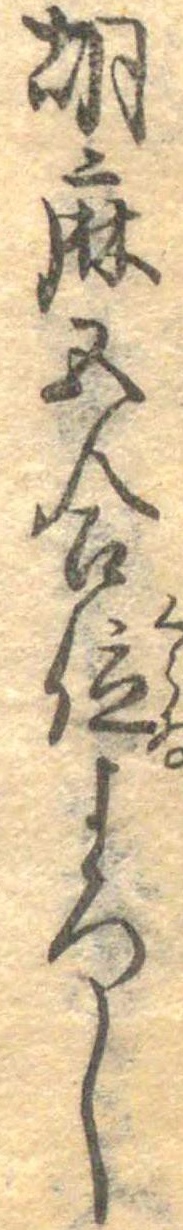
胡麻五合位よろし